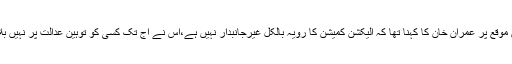
اس موقع پر عمران خان کا کہنا تھا کہ الیکشن کمیشن کا رویہ بالکل غیرجانبدار نہیں ہے،اس نے آج تک کسی کو توہین عدالت پر نہیں بلایا۔